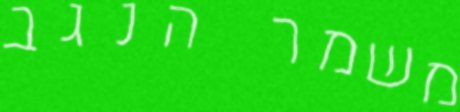
משמר הנגב